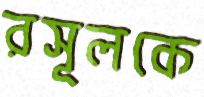
রসূলকে